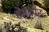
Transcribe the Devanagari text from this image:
हेमंदीर